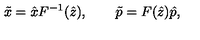
\tilde { x } = \hat { x } F ^ { - 1 } ( \hat { z } ) , \qquad \tilde { p } = F ( \hat { z } ) \hat { p } ,